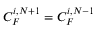
C _ { F } ^ { i , N + 1 } = C _ { F } ^ { i , N - 1 }